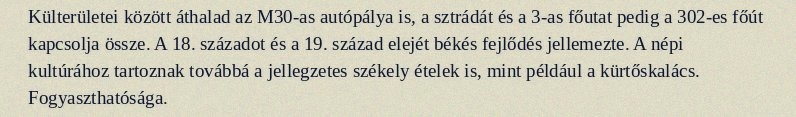
Külterületei között áthalad az M30-as autópálya is, a sztrádát és a 3-as főutat pedig a 302-es főút kapcsolja össze. A 18. századot és a 19. század elejét békés fejlődés jellemezte. A népi kultúrához tartoznak továbbá a jellegzetes székely ételek is, mint például a kürtőskalács. Fogyaszthatósága.